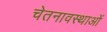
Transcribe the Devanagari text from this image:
चेतनावस्थाओं